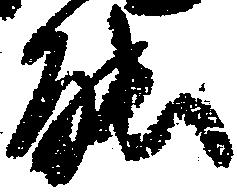
能